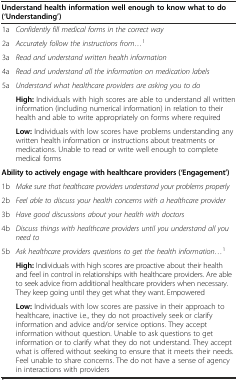
| <COLSPAN=2> Understand health information well enough to know what to do (‘Understanding’) |
 | --- | --- |
 | 1a | Confidently fill medical forms in the correct way |
 | 2a | Accurately follow the instructions from...1 |
 | 3a | Read and understand written health information |
 | 4a | Read and understand all the information on medication labels |
 | 5a | Understand what healthcare providers are asking you to do |
 | <ROWSPAN=2>  | High: Individuals with high scores are able to understand all written information (including numerical information) in relation to their health and able to write appropriately on forms where required |
 | Low: Individuals with low scores have problems understanding any written health information or instructions about treatments or medications. Unable to read or write well enough to complete medical forms |
 | <COLSPAN=2> Ability to actively engage with healthcare providers (‘Engagement’) |
 | 1b | Make sure that healthcare providers understand your problems properly |
 | 2b | Feel able to discuss your health concerns with a healthcare provider |
 | 3b | Have good discussions about your health with doctors |
 | 4b | Discuss things with healthcare providers until you understand all you need to |
 | 5b | Ask healthcare providers questions to get the health information...1 |
 | <ROWSPAN=2>  | High: Individuals with high scores are proactive about their health and feel in control in relationships with healthcare providers. Are able to seek advice from additional healthcare providers when necessary. They keep going until they get what they want. Empowered |
 | Low: Individuals with low scores are passive in their approach to healthcare, inactive i.e., they do not proactively seek or clarify information and advice and/or service options. They accept information without question. Unable to ask questions to get information or to clarify what they do not understand. They accept what is offered without seeking to ensure that it meets their needs. Feel unable to share concerns. The do not have a sense of agency in interactions with providers |